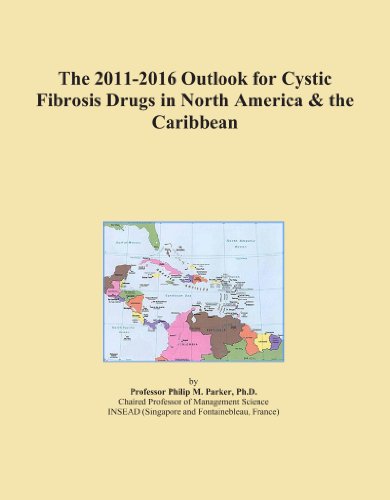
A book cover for The 2011-2016 Outlook for Cystic Fibrosis Drugs in North America & the Caribbean; Icon Group International; Health, Fitness & Dieting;